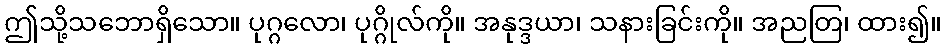
ဤသို့သဘောရှိသော။ ပုဂ္ဂလော၊ ပုဂ္ဂိုလ်ကို။ အနုဒ္ဒယာ၊ သနားခြင်းကို။ အညတြ၊ ထား၍။